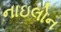
નાઇલોન